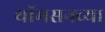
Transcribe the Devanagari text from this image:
थॉमसनच्या